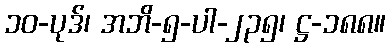
၁၀-ပုဒ်၊ အဘိ-၅-ပါ-၂၃၅၊ ဋ္ဌ-၁၈၈။